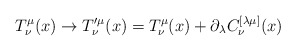
\begin{align*}T^\mu_{\nu}(x) \to T^{\prime \mu}_\nu(x)= T^\mu_{\nu}(x)+\partial_\lambda C^{[\lambda\mu]}_\nu (x)\end{align*}